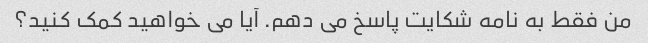
من فقط به نامه شکایت پاسخ می دهم. آیا می خواهید کمک کنید؟